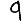
Digit: 9